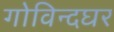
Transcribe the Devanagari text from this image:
गोविन्दघर